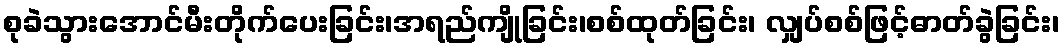
စုခဲသွားအောင်မီးတိုက်ပေးခြင်း၊အရည်ကျိုခြင်း၊စစ်ထုတ်ခြင်း၊ လျှပ်စစ်ဖြင့်ဓာတ်ခွဲခြင်း၊